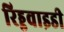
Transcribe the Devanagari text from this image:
रिड्डवाइडी